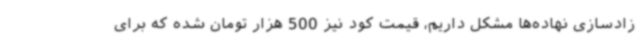
زادسازی نهاده‌ها مشکل داریم، قیمت کود نیز 500 هزار تومان شده که برای